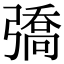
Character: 𢐟